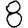
Digit: 8